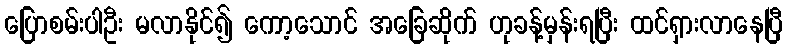
ပြောစမ်းပါဦး မလာနိုင်၍ ကော့သောင် အခြေဆိုက် ဟုခန့်မှန်းရပြီး ထင်ရှားလာနေပြီ